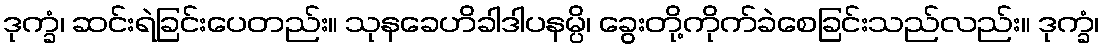
ဒုက္ခံ၊ ဆင်းရဲခြင်းပေတည်း။ သုနခေဟိခါဒါပနမ္ပိ၊ ခွေးတို့ကိုက်ခဲစေခြင်းသည်လည်း။ ဒုက္ခံ၊